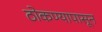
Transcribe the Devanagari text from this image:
ठोकण्यापासून